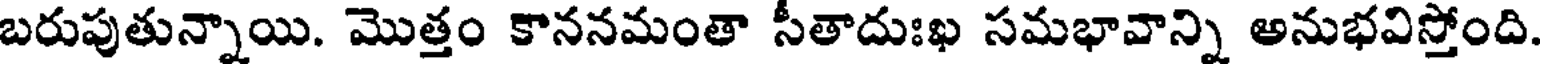
బరుపుతున్నాయి. మొత్తం కాననమంతా సీతాదుఃఖ సమభావాన్ని అనుభవిస్తోంది